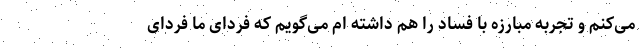
می‌کنم و تجربه مبارزه با فساد را هم داشته ام می‌گویم که فردای ما فردای